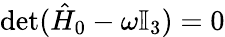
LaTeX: \operatorname*{det}(\hat{H}_{0}-\omega\mathbb{I}_{3})=0